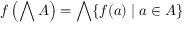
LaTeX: f \left( \bigwedge A \right) = \bigwedge \{ f ( a ) \mid a \in A \}